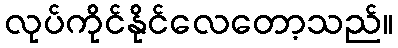
လုပ်ကိုင်နိုင်လေတော့သည်။